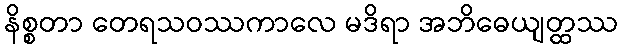
နိစ္စတာ တေရသဝဿကာလေ မဒိရာ အဘိဓေယျတ္ထဿ